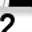
Digit: 2